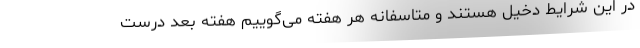
در این شرایط دخیل هستند و متاسفانه هر هفته می‌گوییم هفته بعد درست